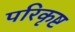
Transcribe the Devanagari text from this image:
परिकृष्ट